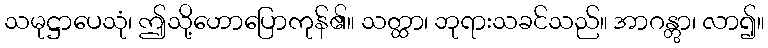
သမုဋ္ဌာပေသုံ၊ ဤသို့ဟောပြောကုန်၏။ သတ္ထာ၊ ဘုရားသခင်သည်။ အာဂန္တွာ၊ လာ၍။